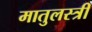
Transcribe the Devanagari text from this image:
मातुलस्त्री